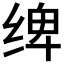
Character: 𰬤